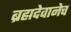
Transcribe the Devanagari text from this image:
ब्रह्मदेवानेच